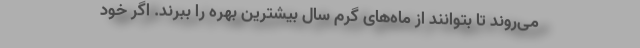
می‌روند تا بتوانند از ماه‌های گرم سال بیشترین بهره را ببرند. اگر خود